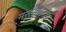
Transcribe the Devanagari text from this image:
नरांसारख्या